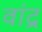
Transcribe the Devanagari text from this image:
वांद्र